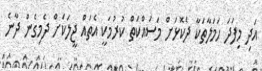
އަދި މިފަދަ ހަމަލާތަކާ ދެކޮޅަށް މަސައްކަތް ކުރުމަކީ އެތައް ޖީލަކަށް ދެމިގެން ދާނެ